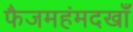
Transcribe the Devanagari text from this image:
फैजमहंमदखाँ